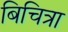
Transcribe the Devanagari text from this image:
बिचित्रा